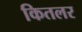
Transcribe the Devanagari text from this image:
कितलर